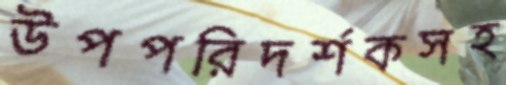
উপপরিদর্শকসহ